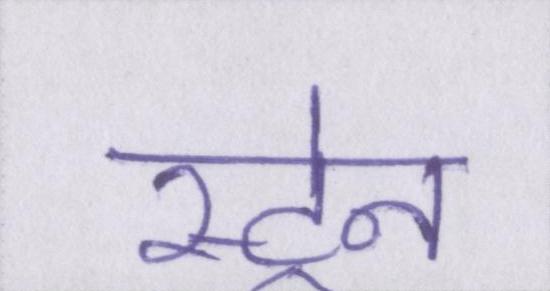
स्ट्रेन